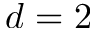
d = 2